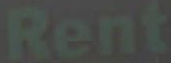
Rent